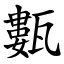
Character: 甊